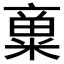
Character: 𱹓